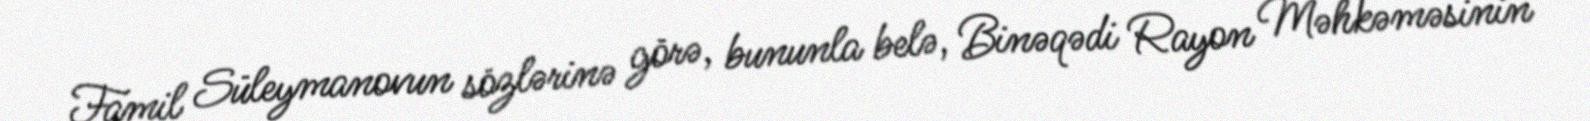
Famil Süleymanovun sözlərinə görə, bununla belə, Binəqədi Rayon Məhkəməsinin